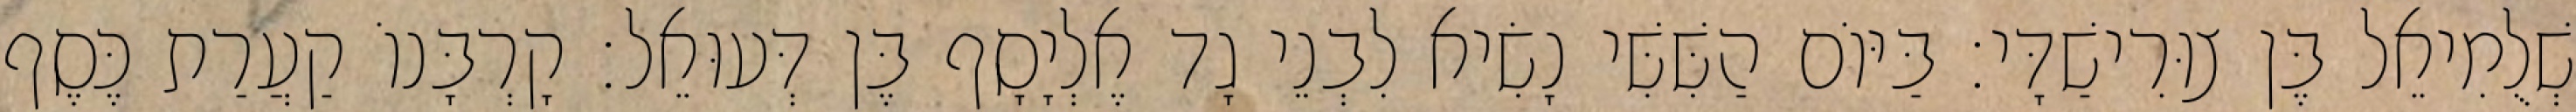
שְׁלֻמִיאֵל בֶּן צוּרִישַׁדָּי׃ בַּיּוֹם הַשִּׁשִּׁי נָשִׂיא לִבְנֵי גָד אֶלְיָסָף בֶּן דְּעוּאֵל׃ קָרְבָּנוֹ קַעֲרַת כֶּסֶף